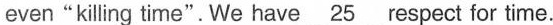
even"killing time".We have \underline{25} respect for time.